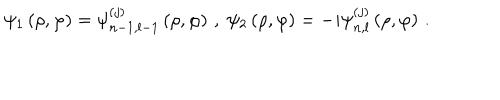
LaTeX: \psi _ { 1 } \left( \rho , \varphi \right) = \psi _ { n - 1 , l - 1 } ^ { \left( j \right) } \left( \rho , \varphi \right) \, , \; \psi _ { 2 } \left( \rho , \varphi \right) = - i \psi _ { n , l } ^ { \left( j \right) } \left( \rho , \varphi \right) \, .